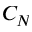
C _ { N }